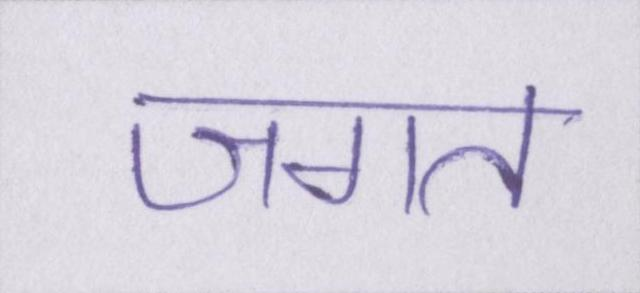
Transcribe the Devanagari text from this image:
जगत